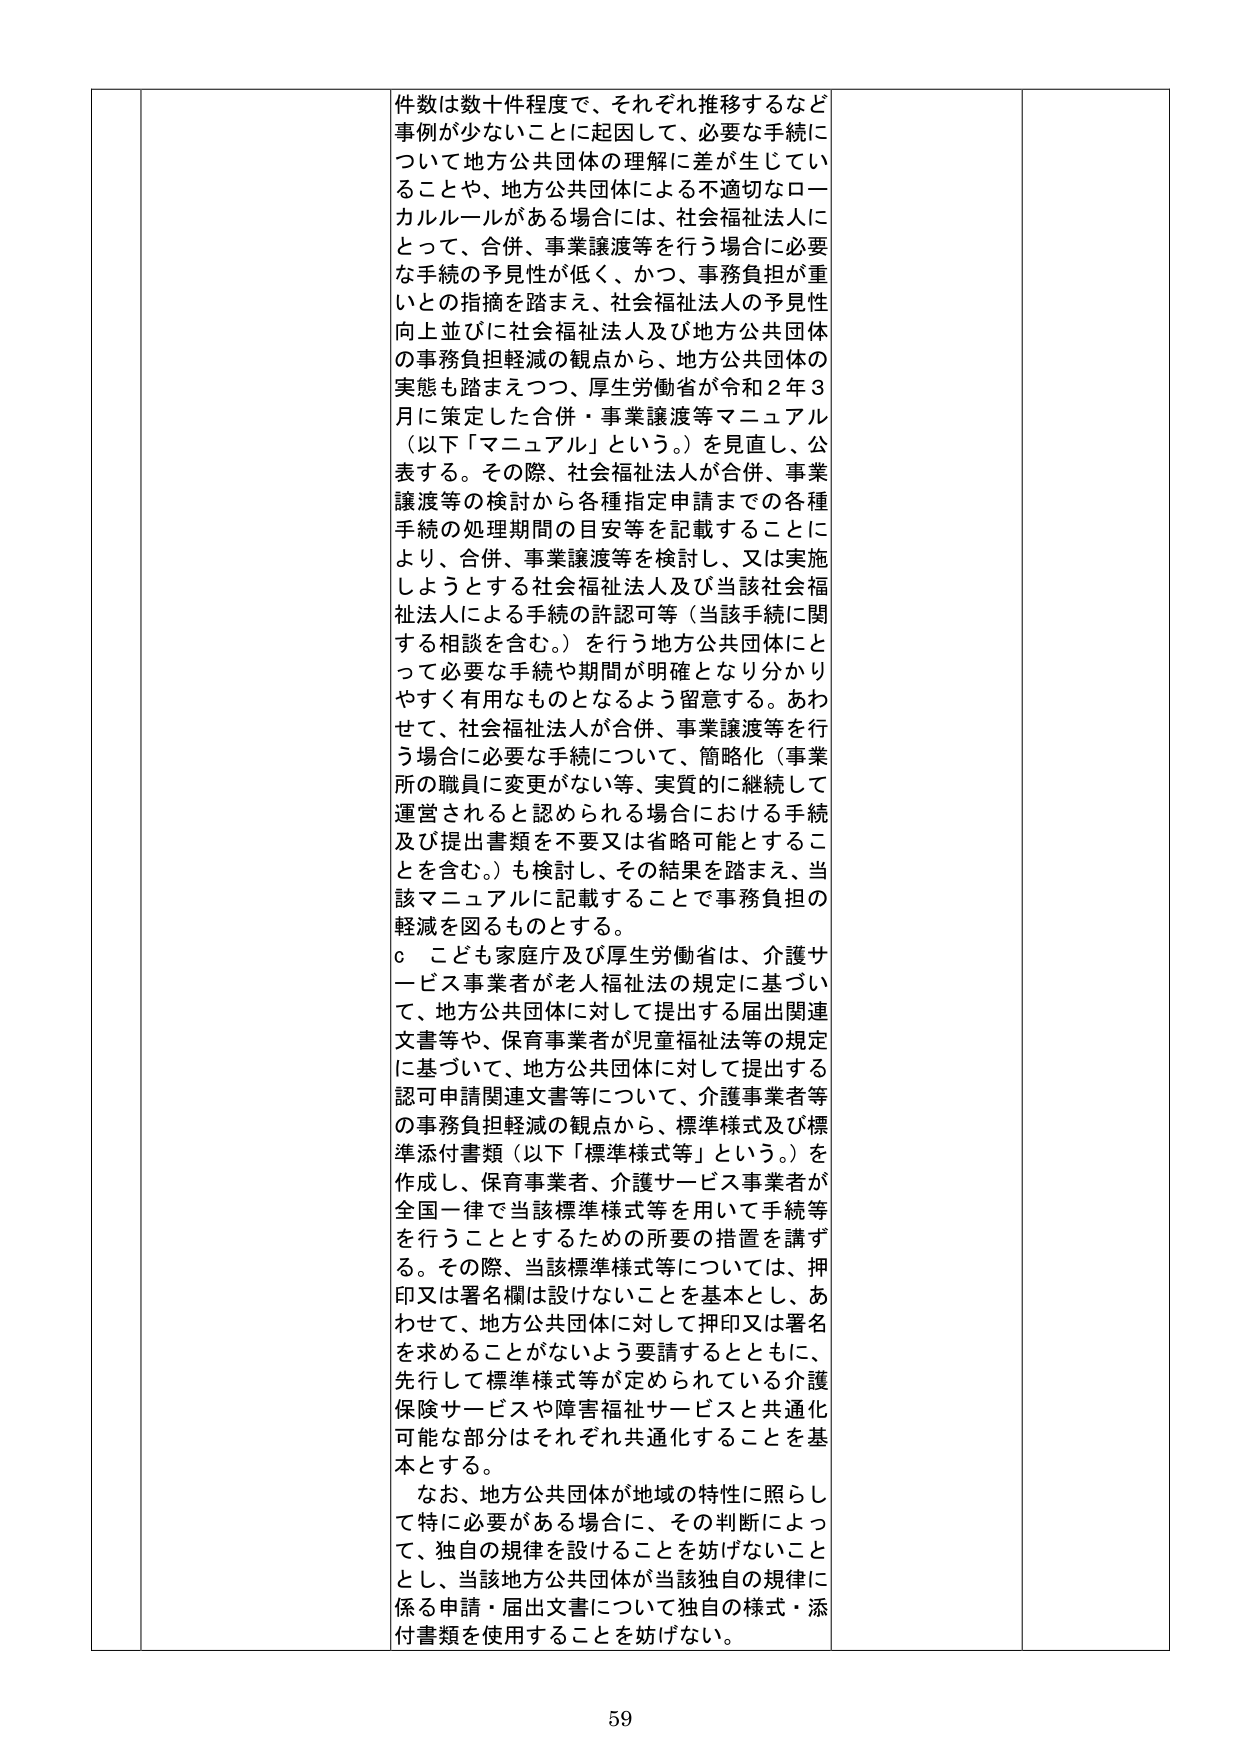
件数は数十件程度で、それぞれ推移するなど
事例が少ないことに起因して、必要な手続に
ついて地方公共団体の理解に差が生じてい
ることや、地方公共団体による不適切なロー
カルルールがある場合には、社会福祉法人に
とって、合併、事業譲渡等を行う場合に必要
な手続の予見性が低く、かつ、事務負担が重
いとの指摘を踏まえ、社会福祉法人の予見性
向上並びに社会福祉法人及び地方公共団体
の事務負担軽減の観点から、地方公共団体の
実態も踏まえつつ、厚生労働省が令和２年３
月に策定した合併・事業譲渡等マニュアル
（以下「マニュアル」という。）を見直し、公
表する。その際、社会福祉法人が合併、事業
譲渡等の検討から各種指定申請までの各種
手続の処理期間の目安等を記載することに
より、合併、事業譲渡等を検討し、又は実施
しようとする社会福祉法人及び当該社会福
祉法人による手続の許認可等（当該手続に関
する相談を含む。）を行う地方公共団体にと
って必要な手続や期間が明確となり分かり
やすく有用なものとなるよう留意する。あわ
せて、社会福祉法人が合併、事業譲渡等を行
う場合に必要な手続について、簡略化（事業
所の職員に変更がない等、実質的に継続して
運営されると認められる場合における手続
及び提出書類を不要又は省略可能とするこ
とを含む。）も検討し、その結果を踏まえ、当
該マニュアルに記載することで事務負担の
軽減を図るものとする。
ｃ　こども家庭庁及び厚生労働省は、介護サ
ービス事業者が老人福祉法の規定に基づい
て、地方公共団体に対して提出する届出関連
文書等や、保育事業者が児童福祉法等の規定
に基づいて、地方公共団体に対して提出する
認可申請関連文書等について、介護事業者等
の事務負担軽減の観点から、標準様式及び標
準添付書類（以下「標準様式等」という。）を
作成し、保育事業者、介護サービス事業者が
全国一律で当該標準様式等を用いて手続等
を行うこととするための所要の措置を講ず
る。その際、当該標準様式等については、押
印又は署名欄は設けないことを基本とし、あ
わせて、地方公共団体に対して押印又は署名
を求めることがないよう要請するとともに、
先行して標準様式等が定められている介護
保険サービスや障害福祉サービスと共通化
可能な部分はそれぞれ共通化することを基
本とする。
　なお、地方公共団体が地域の特性に照らし
て特に必要がある場合に、その判断によっ
て、独自の規律を設けることを妨げないこと
とし、当該地方公共団体が当該独自の規律に
係る申請・届出文書について独自の様式・添
付書類を使用することを妨げない。

59